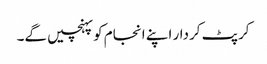
کرپٹ کردار اپنے انجام کو پہنچیں گے۔